Source: Handwritten
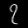
Digit: ၇ (7)